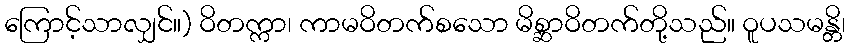
ကြောင့်သာလျှင်။) ဝိတက္ကာ၊ ကာမဝိတက်စသော မိစ္ဆာဝိတက်တို့သည်။ ဝူပသမန္တိ၊